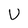
Character: U